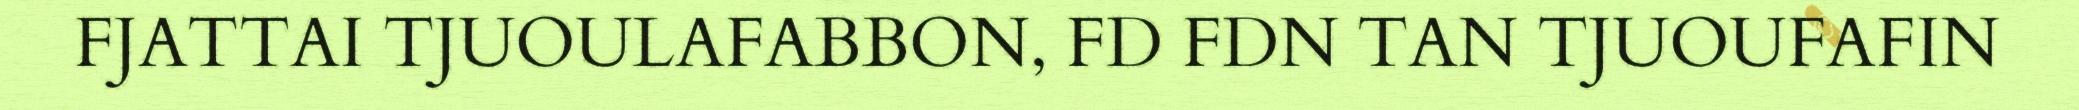
FJATTAI TJUOULAFABBON, FD FDN TAN TJUOUFAFIN